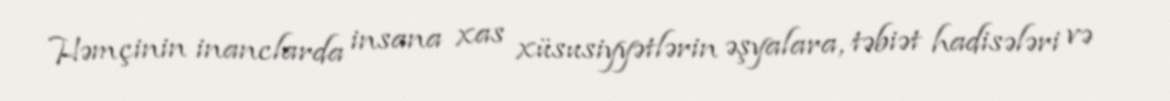
Həmçinin inanclarda insana xas xüsusiyyətlərin əşyalara, təbiət hadisələri və